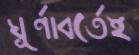
ঘূর্ণাবর্তেই